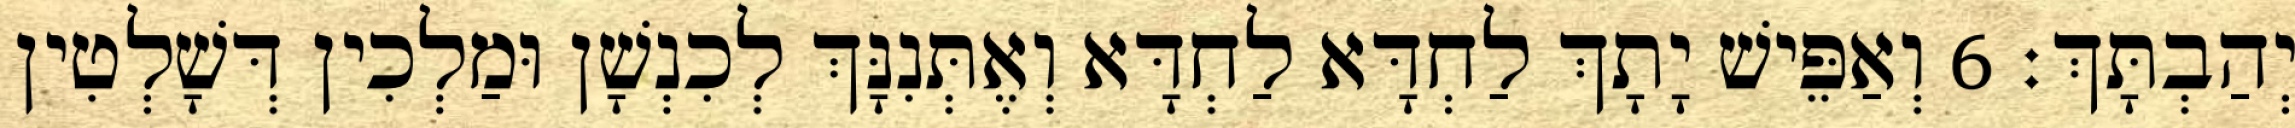
יְהַבְתָּךְ׃ 6 וְאַפֵּישׁ יָתָךְ לַחְדָּא לַחְדָּא וְאֶתְּנִנָּךְ לְכִנְשָׁן וּמַלְכִין דְּשָׁלְטִין